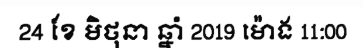
24 ខែ មិថុនា ឆ្នាំ 2019 ម៉ោង 11:00